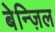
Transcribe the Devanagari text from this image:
बेन्ज़िल